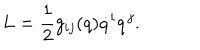
LaTeX: L = \frac { 1 } { 2 } g _ { i j } ( q ) \dot { q } ^ { i } \dot { q } ^ { j } .